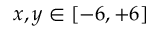
x , y \in \left[ - 6 , + 6 \right]